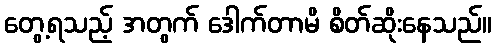
တွေ့ရသည့် အတွက် ဒေါက်တာမိ စိတ်ဆိုးနေသည်။